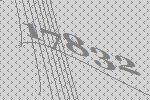
17832